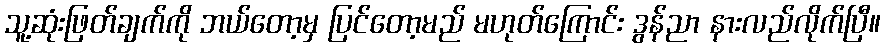
သူ့ဆုံးဖြတ်ချက်ကို ဘယ်တော့မှ ပြင်တော့မည် မဟုတ်ကြောင်း ဒွန်ညာ နားလည်လိုက်ပြီ။